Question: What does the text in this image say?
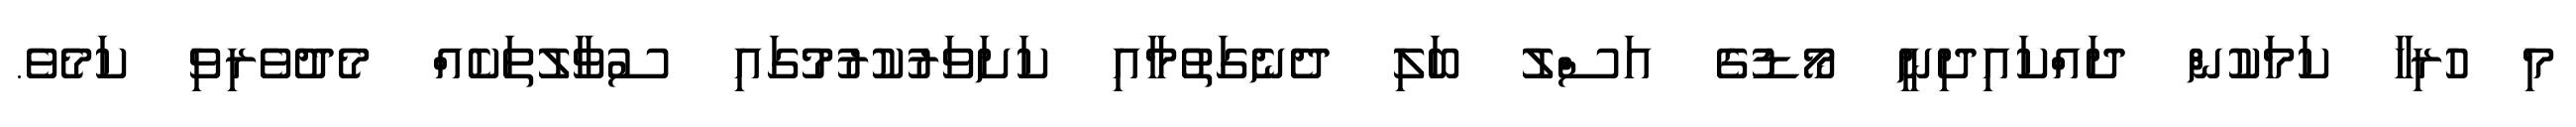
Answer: މި ހުރިހާ ކަމަކުން ދައްކައިދިނީ މޯޑުގެ އަސްލު ބަލި ދެނެގަތުމާއި ކަށަވަރުކުރުމުގައި ސުވާލުތަކެއް މެދުވެރިވި ކަމެވެ.